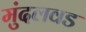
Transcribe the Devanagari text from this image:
मुंदलवड